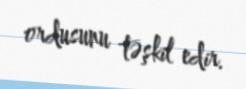
ordusunu təşkil edir.